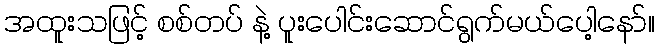
အထူးသဖြင့် စစ်တပ် နဲ့ ပူးပေါင်းဆောင်ရွက်မယ်ပေါ့နော်။